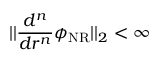
| | \frac { d ^ { n } } { d r ^ { n } } \phi _ { \mathrm { N R } } | | _ { 2 } < \infty